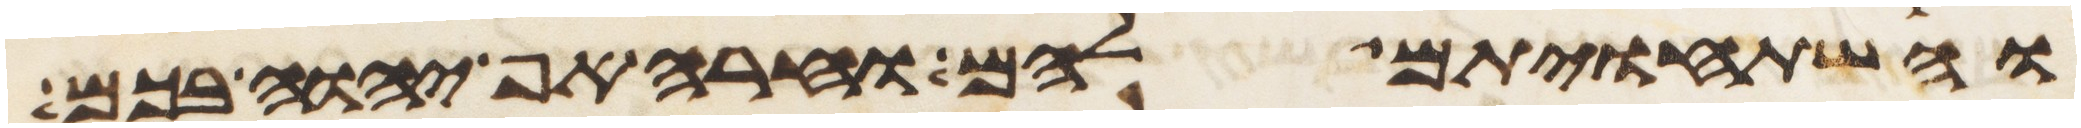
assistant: והשתחויתם להם וחרה אף יהוה בכם